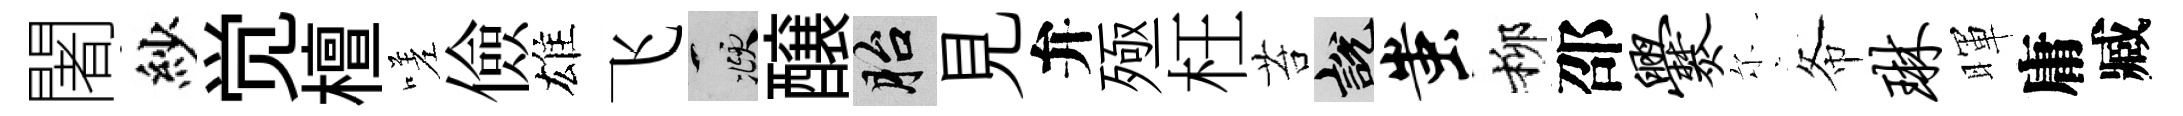
闍紗觉檀嗟儉雄飞頫醸胎見弁殛枉苔説蚩柳邵爨尓𢁙琳暉庸臧